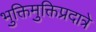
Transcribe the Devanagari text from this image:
भुक्तिमुक्तिप्रदात्रे